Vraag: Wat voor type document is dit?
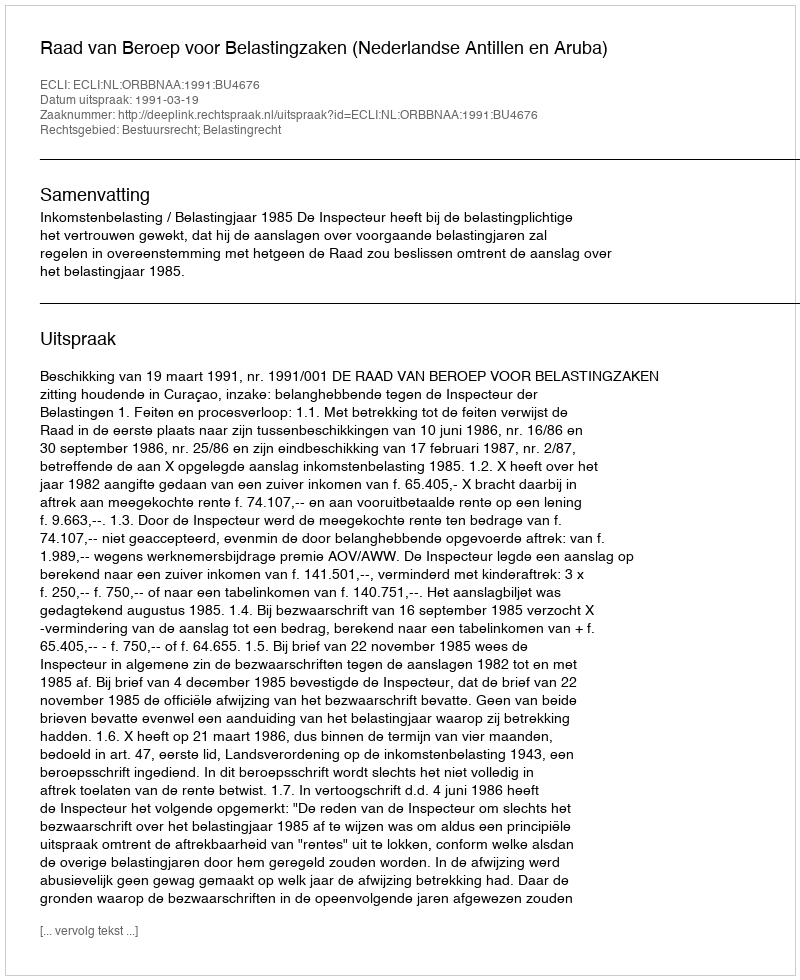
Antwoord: Uitspraak